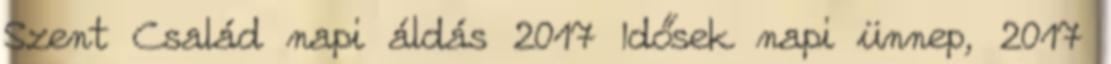
Szent Család napi áldás 2017 Idősek napi ünnep, 2017